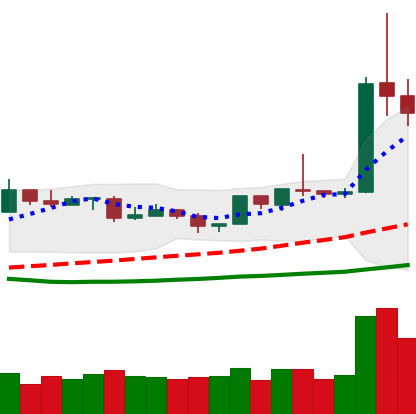
Ticker: ETH-USD
Chart end date: 2019-04-04
Forward return: 11.428%
Label: up_7plus